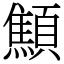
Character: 顦